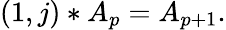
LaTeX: \left(1,j\right)\ast A_{p}=A_{p+1}.